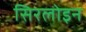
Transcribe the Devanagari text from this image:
सिरलोइन